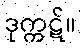
ဒုက္ကဋ်။